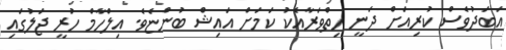
އަބަދުވެސް ކުރިއަށް ދަނީ ހިތްވަރާއެކު ކަމަށް އައިޝް ބުންޏެވެ. އިލްހާމް ހުރީ ޖަލުގައި